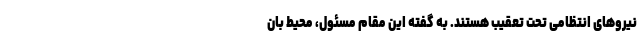
نیروهای انتظامی تحت تعقیب هستند. به گفته این مقام مسئول، محیط بان